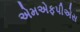
એમએફપીએસ